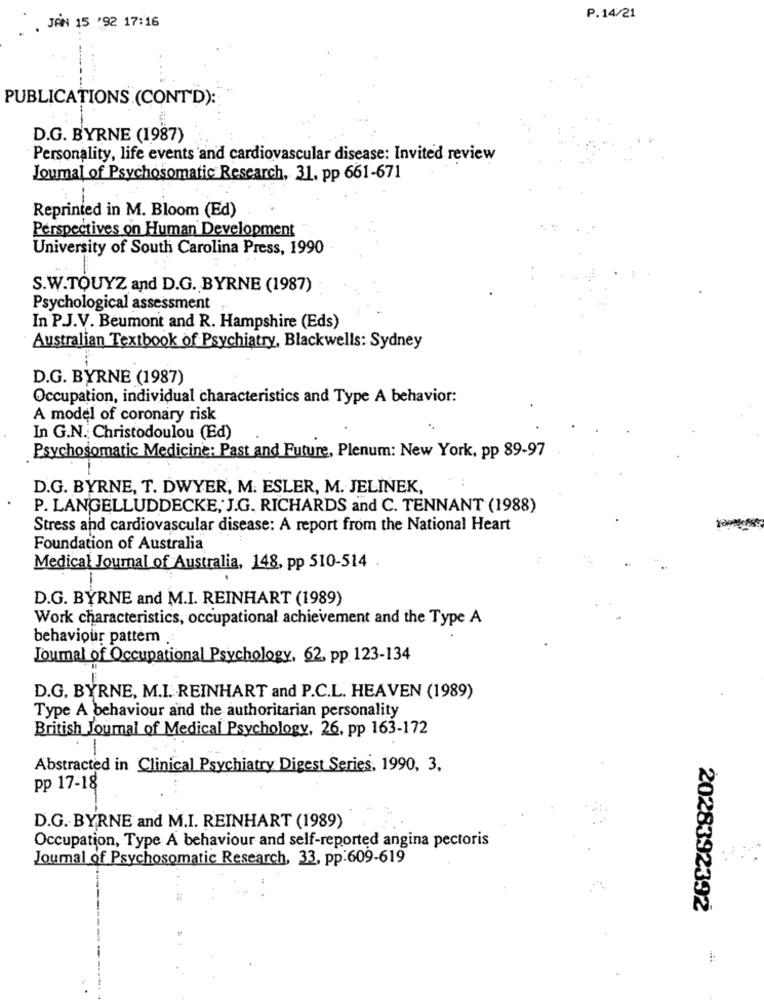
P.14/21
. JAN 15 '92 17:16
PUBLICATIONS (CONT'D):
D.G. BYRNE (1987)
Personality, life events and cardiovascular disease: Invited review
Journal of Psychosomatic Research, 31, pp 661-671
Reprinted in M. Bloom (Ed)
Perspectives on Human Development
University of South Carolina Press, 1990
S.W.TOUYZ and D.G. BYRNE (1987)
Psychological assessment
In P.J.V. Beumont and R. Hampshire (Eds)
Australian Textbook of Psychiatry, Blackwells: Sydney
D.G. BYRNE (1987)
Occupation, individual characteristics and Type A behavior:
A model of coronary risk
In G.N. Christodoulou (Ed)
Psychosomatic Medicine: Past and Future, Plenum: New York, pp 89-97
D.G. BYRNE, T. DWYER, M. ESLER, M. JELINEK,
P. LANGELLUDDECKE, J.G. RICHARDS and C. TENNANT (1988)
Stress and cardiovascular disease: A report from the National Heart
Foundation of Australia
Medical Journal of Australia, 148, pp 510-514
D.G. BYRNE and M.I. REINHART (1989)
Work characteristics, occupational achievement and the Type A
behaviour pattem
Journal of Occupational Psychology. 62, pp 123-134
D.G, BYRNE, M.I. REINHART and P.C.L. HEAVEN (1989)
Type A behaviour and the authoritarian personality
British Journal of Medical Psychology, 26, pp 163-172
-
Abstracted in Clinical Psychiatry Digest Series, 1990, 3,
pp 17-18
D.G. BYRNE and M.I. REINHART (1989)
Occupation, Type A behaviour and self-reported angina pectoris
Journal of Psychosomatic Research, 33, pp:609-619
2028392392